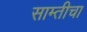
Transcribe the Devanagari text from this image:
साम्तीचा